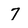
Character: 7